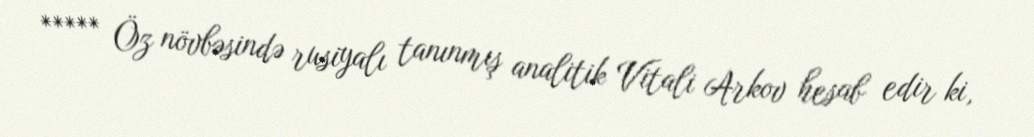
***** Öz növbəsində rusiyalı tanınmış analitik Vitali Arkov hesab edir ki,